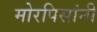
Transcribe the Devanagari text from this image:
मोरपिसांनी